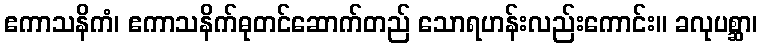
ဧကာသနိကံ၊ ဧကာသနိက်ဓုတင်ဆောက်တည် သောရဟန်းလည်းကောင်း။ ခလုပစ္ဆာ၊